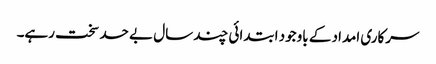
سرکاری امداد کے باوجود ابتدائی چند سال بے حد سخت رہے۔